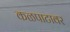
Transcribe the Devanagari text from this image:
कळपाटावर